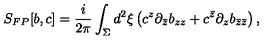
S _ { F P } [ b , c ] = \frac { i } { 2 \pi } \int _ { \Sigma } d ^ { 2 } \xi \left( c ^ { z } \partial _ { \bar { z } } b _ { z z } + c ^ { \bar { z } } \partial _ { z } b _ { \bar { z } \bar { z } } \right) ,